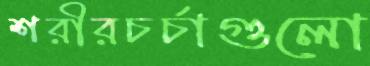
শরীরচর্চাগুলো